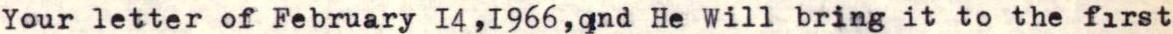
Your letter of February 14,1966,and He Will bring it to the first